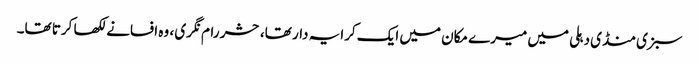
سبزی منڈی دہلی میں میرے مکان میں ایک کرایہ دار تھا، حشر رام نگری ، وہ افسانے لکھا کرتا تھا۔